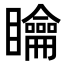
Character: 𥌺